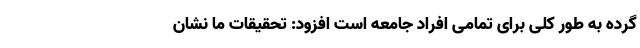
گرده به طور کلی برای تمامی افراد جامعه است افزود: تحقیقات ما نشان